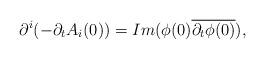
LaTeX: \begin{align*}\partial^{i}(-\partial_{t}A_i(0))=Im(\phi(0)\overline{\partial_t\phi(0)}),\end{align*}